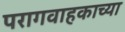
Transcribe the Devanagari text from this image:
परागवाहकाच्या